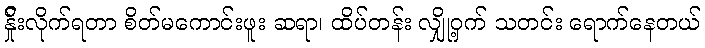
န်ှိုးလိုက်ရတာ စိတ်မကောင်းဖူး ဆရာ၊ ထိပ်တန်း လျှို့ဝှက် သတင်း ရောက်နေတယ်